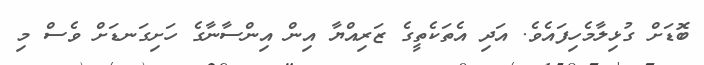
ބޮޑަށް ގުޅިލާމެހިފައެވެ. އަދި އެތަކެތީގެ ޒަރިއްޔާ އިން އިންސާނާގެ ހަށިގަނޑަށް ވެސް މި